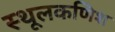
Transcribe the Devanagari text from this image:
स्थूलकणिश